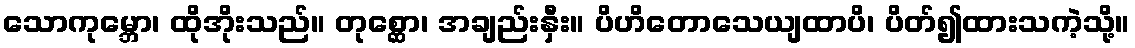
သောကုမ္ဘော၊ ထိုအိုးသည်။ တုစ္ဆော၊ အချည်းနှီး။ ပိဟိတောသေယျထာပိ၊ ပိတ်၍ထားသကဲ့သို့။